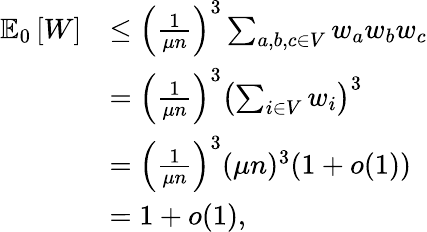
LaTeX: \begin{array}{rl}{\mathbb{E}_{0}\left[W\right]}&{\leq\left(\frac{1}{\mu n}\right)^{3}\sum_{a,b,c\in V}w_{a}w_{b}w_{c}}\\ &{=\left(\frac{1}{\mu n}\right)^{3}\left(\sum_{i\in V}w_{i}\right)^{3}}\\ &{=\left(\frac{1}{\mu n}\right)^{3}(\mu n)^{3}(1+o(1))}\\ &{=1+o(1),}\end{array}